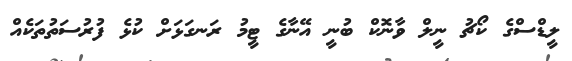
ލީޑްސްގެ ކޯޗު ނީލް ވާނޮކް ބުނީ އޭނާގެ ޓީމު ރަނގަޅަށް ކުޅެ ފުރުސަތުތަކެއް